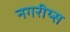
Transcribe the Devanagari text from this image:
नगरीय्स